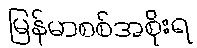
မြန်မာစစ်အစိုးရ